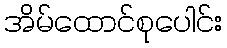
အိမ်ထောင်စုပေါင်း